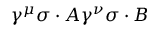
\gamma ^ { \mu } \sigma \cdot A \gamma ^ { \nu } \sigma \cdot B